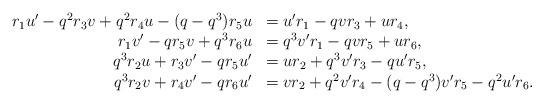
LaTeX: \begin{align*}\begin{array}{rl}r_1 u' - q^2 r_3 v + q^2 r_4 u - (q-q^3) r_5 u &= u'r_1 - qvr_3 + ur_4,\\r_1 v' - q r_5 v + q^3 r_6 u &= q^3 v' r_1 - q vr_5 + u r_6,\\q^3 r_2 u + r_3 v' - q r_5 u' &= ur_2 + q^3 v'r_3 - qu'r_5,\\q^3 r_2 v + r_4 v' -qr_6 u' &= v r_2 + q^2 v'r_4 - (q-q^3)v' r_5-q^2 u' r_6.\end{array}\end{align*}